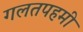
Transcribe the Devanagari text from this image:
गलतपहमी